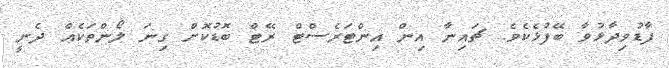
ފާޑުވިދާޅުވާ ބޭފުޅެކެވެ. ޗައިނާ އިން އިންޓަރެސްޓް ރޭޓް ބޮޑުކޮށް ގިނަ ލޯންތަކެއް ދެނީ